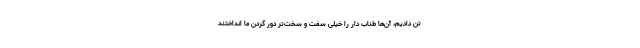
تن دادیم، آن‌ها طناب دار را خیلی سفت و سخت‌تر دور گردن ما انداختند